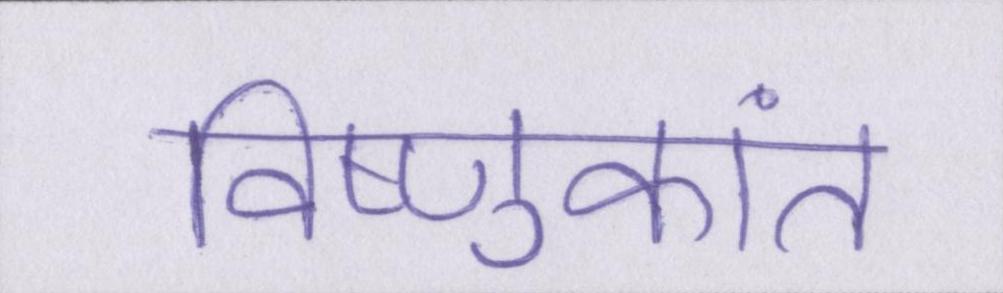
विष्णुकांत